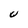
Character: U